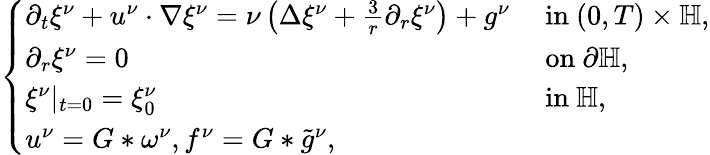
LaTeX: \begin{array}{r}{\left\{ \begin{array}{ll}{\partial_{t}\xi^{\nu}+u^{\nu}\cdot\nabla\xi^{\nu}=\nu\left(\Delta\xi^{\nu}+\frac{3}{r}\partial_{r}\xi^{\nu}\right)+g^{\nu}}&{\mathrm{~in~}(0,T)\times\mathbb{H},}\\ {\partial_{r}\xi^{\nu}=0}&{\mathrm{~on~}\partial\mathbb{H},}\\ {\xi^{\nu}|_{t=0}=\xi_{0}^{\nu}}&{\mathrm{~in~}\mathbb{H},}\\ {u^{\nu}=G\ast\omega^{\nu},f^{\nu}=G\ast\tilde{g}^{\nu},}\end{array}\right.}\end{array}